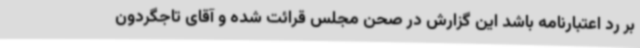
بر رد اعتبارنامه باشد این گزارش در صحن مجلس قرائت شده و آقای تاجگردون